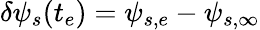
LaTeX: \delta\psi_{s}(t_{e})=\psi_{s,e}-\psi_{s,\infty}